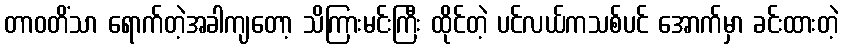
တာဝတိံသာ ရောက်တဲ့အခါကျတော့ သိကြားမင်းကြီး ထိုင်တဲ့ ပင်လယ်ကသစ်ပင် အောက်မှာ ခင်းထားတဲ့